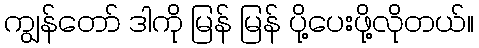
ကျွန်တော် ဒါကို မြန် မြန် ပို့ပေးဖို့လိုတယ်။